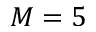
M = 5